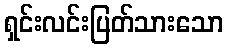
ရှင်းလင်းပြတ်သားသော